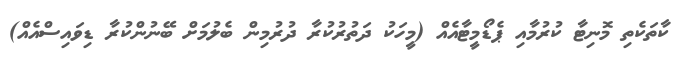
ކާތަކެތި މޮނިޓާ ކުރުމާއި ޕެޑޯމީޓާއެއް (މީހަކު ދަތުރުކުރާ ދުރުމިން ބެލުމަށް ބޭނުންކުރާ ޑިވައިސްއެއް)